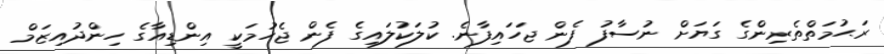
ރަޙުމަތްތެރިންގެ ގަޔަށް ނުސާފު ފެން ޖަހައިފާނެ. ކުލަކުލައިގެ ފެން ޖެހުމަކީ އިންޑިއާގެ ހިންދުއިޒަމް